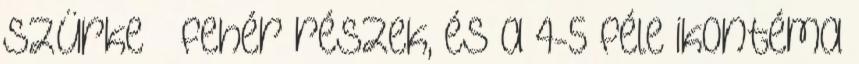
szürke fehér részek, és a 4-5 féle ikontéma